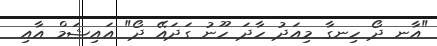
"އާނ ދޯ ހިނގާ މިއަދު ހާދަ ހޫނު ގަދައޭ ދޯ" އައިޝަމް އާއި